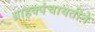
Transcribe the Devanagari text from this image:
ग्राहक्पंचायतीने